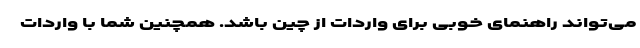
می‌تواند راهنمای خوبی برای واردات از چین باشد. همچنین شما با واردات